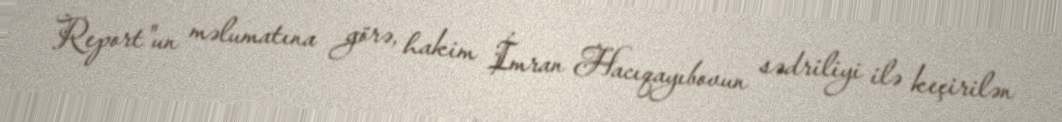
Report"un məlumatına görə, hakim İmran Hacıqayıbovun sədriliyi ilə keçirilən